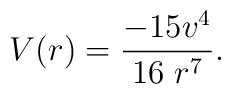
V (r) =\frac{-15v^4}{16\;r^7}.